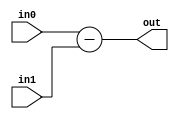
`timescale 1ns / 1ps
//////////////////////////////////////////////////////////////////////////////////
// Company: 
// Engineer: 
// 
// Design Name: 
// Module Name: subtract
// Project Name: 
// Target Devices: 
// Tool Versions: 
// Description: 
// 
// Dependencies: 
// 
// Revision:
// Revision 0.01 - File Created
// Additional Comments:
// 
//////////////////////////////////////////////////////////////////////////////////


module subtract(
    input [10:0] in0,
    input [10:0] in1,
    output [10:0] out
    );
    
    assign out = in0 - in1;
    
endmodule